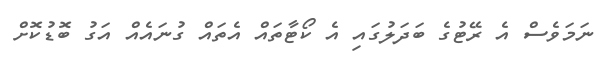
ނަމަވެސް އެ ރޭޓުގެ ބަދަލުގައި އެ ކޯޓާތައް އެތައް ގުނައެއް އަގު ބޮޑުކޮށް